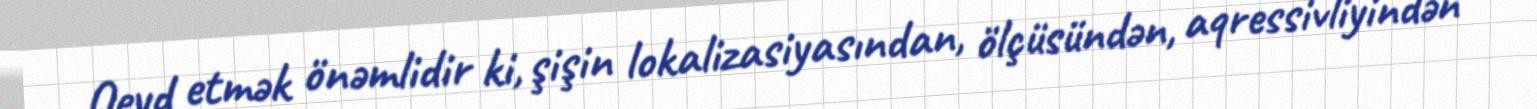
Qeyd etmək önəmlidir ki, şişin lokalizasiyasından, ölçüsündən, aqressivliyindən